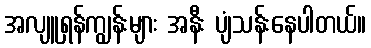
အလျူရှန်ကျွန်းများ အနီး ပျံသန်းနေပါတယ်။